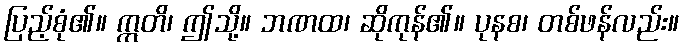
ပြည့်စုံ၏။ ဣတိ၊ ဤသို့။ ဘဏထ၊ ဆိုကုန်၏။ ပုနစ၊ တစ်ဖန်လည်း။